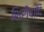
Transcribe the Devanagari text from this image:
शिरीषादि